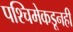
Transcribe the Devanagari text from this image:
पश्चिमेकडूनही